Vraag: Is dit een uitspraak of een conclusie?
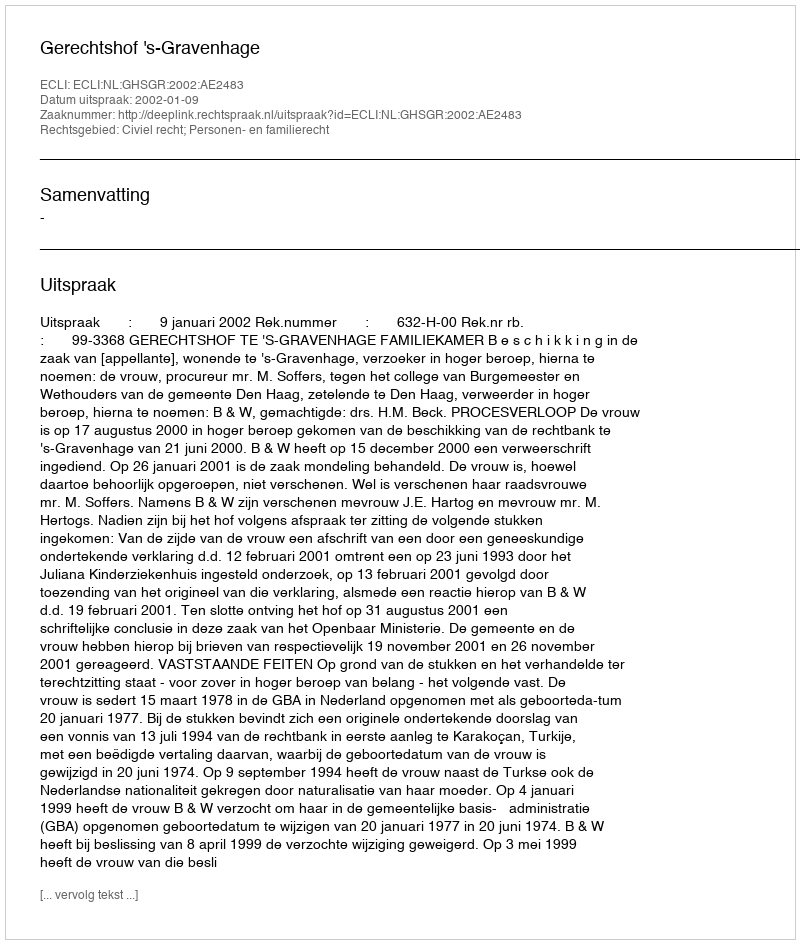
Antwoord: Uitspraak